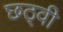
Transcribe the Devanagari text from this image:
छठ्वी